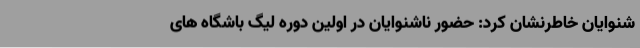
شنوایان خاطرنشان کرد: حضور ناشنوایان در اولین دوره لیگ باشگاه های